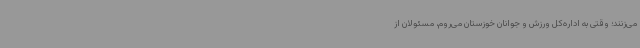
می‌زنند؛ وقتی به اداره‌کل ورزش و جوانان خوزستان می‌روم، مسئولان از